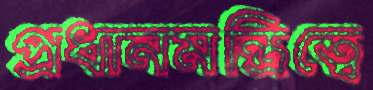
প্রধানমন্ত্রিত্বে